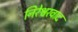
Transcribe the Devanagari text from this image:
निरेश्वरवाद